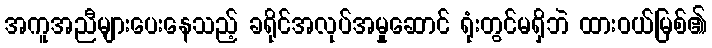
အကူအညီများပေးနေသည့် ခရိုင်အလုပ်အမှုဆောင် ရုံးတွင်မရှိဘဲ ထားဝယ်မြစ်၏